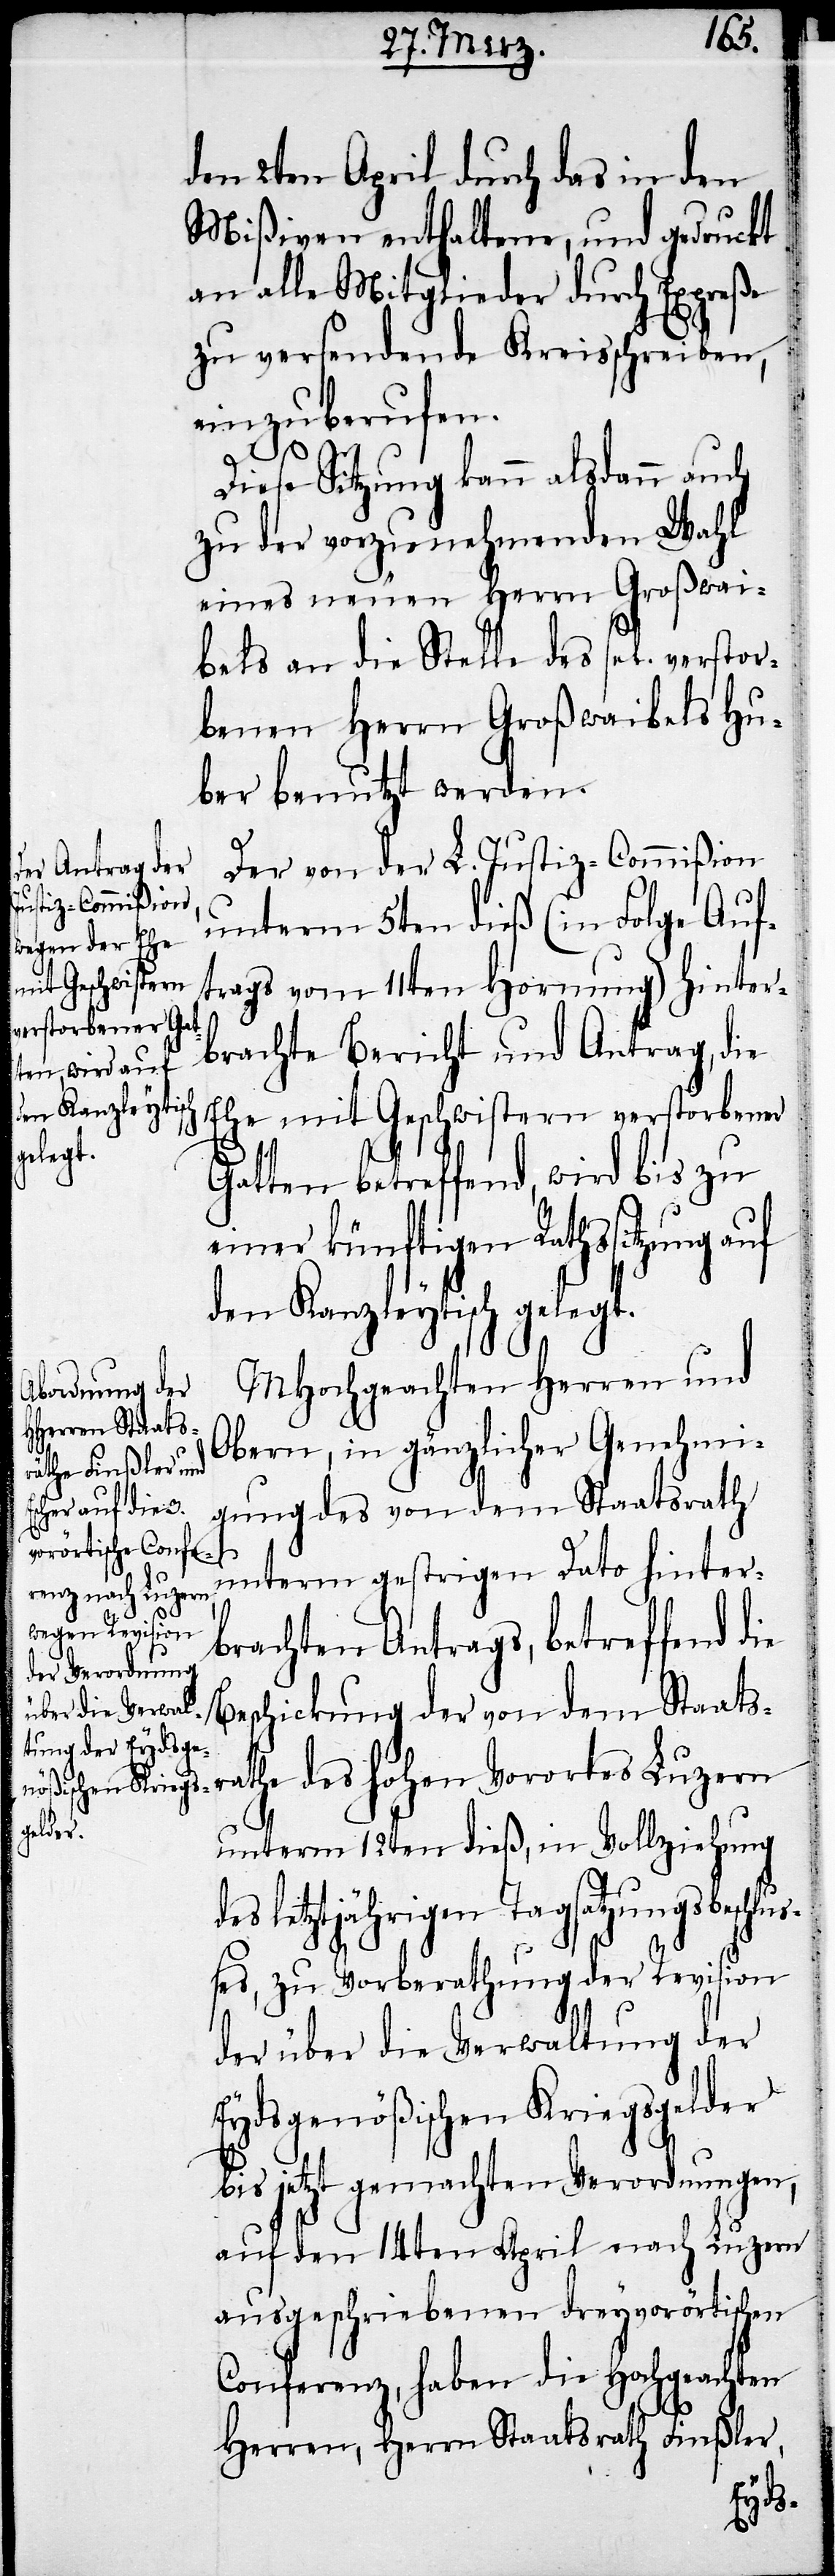
den 2ten April durch das in den
Mißiven enthaltene, und gedruckt
an alle Mitglieder durch Expreße
zu versendende Kreisschreiben,
einzuberufen.
Diese Sitzung kann alsdann auch
zu der vorzunehmenden Wahl
eines neuen Herrn Großwai¬
bels an die Stelle des sel. verstor¬
benen Herrn Großwaibels Hu¬
ber benutzt werden.
Der von der L. Justiz-Commißion
unterm 5ten dieß (in Folge Auf¬
trags vom 11ten Hornung) hinter¬
brachte Bericht und Antrag, die
Ehe, mit Geschwistern verstorbener
Gatten betreffend, wird bis zu
einer künftigen Rathssitzung auf
den Kanzleytisch gelegt.
MHochgeachten Herren und
Obern, in gänzlicher Genehmi¬
gung des von dem Staatsrath
unterm gestrigen Dato hinter¬
brachten Antrags, betreffend
Beschickung der von dem Staat¬
srathe des hohen Vorortes Luzern
unterm 12ten dieß, in Vollziehung
es letztjährigen Tagsatzungsbeschlu¬
ßes, zu Vorberathung der Revision
d¬
der über die Verwaltung der
Eydsgenößischen Kriegsgelder
bis jetzt gemachten Verordnungen,
auf den 14ten April nach Luzern
ausgeschriebenen dreyvorörtischen
Conferenz, haben die Hochgeachten
Herren, Herrn Staatrath Finßler,